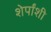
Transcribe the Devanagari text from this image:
शेर्पांशी